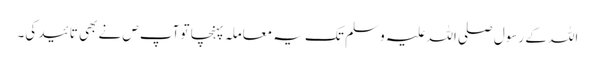
اللہ کے رسول صلی اللہ علیہ و سلم تک یہ معاملہ پہنچا تو آپ ص نے بھی تائید کی۔